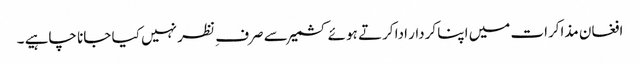
افغان مذاکرات میں اپنا کردار ادا کرتے ہوئے کشمیر سے صرف ِ نظر نہیں کیا جانا چاہیے ۔